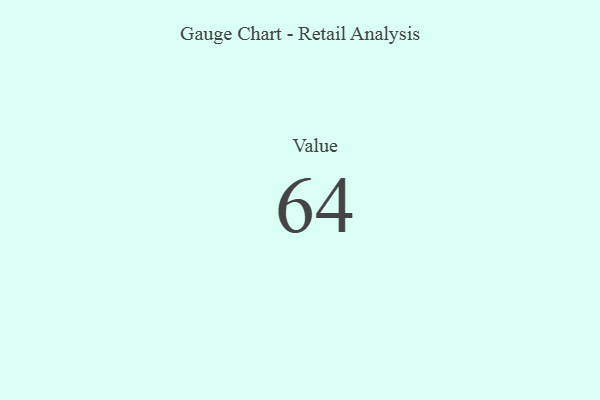
{"axis": {"x": "Metric", "y": "Value"}, "legend": [""], "data": [{"x": "Value", "y": 64, "type": ""}]}